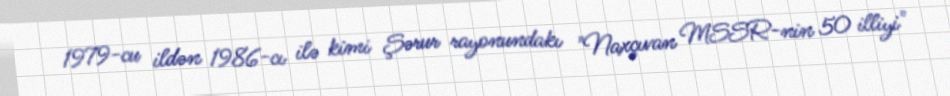
1979-cu ildən 1986-cı ilə kimi Şərur rayonundakı "Naxçıvan MSSR-nin 50 illiyi"